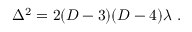
\Delta ^ { 2 } = 2 ( D - 3 ) ( D - 4 ) \lambda ~ .